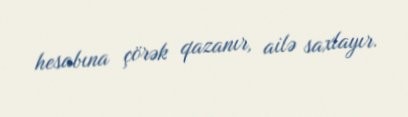
hesabına çörək qazanır, ailə saxlayır.